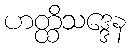
ဟတ္ထိသဒ္ဒေန